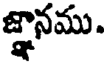
జ్ఞానము.